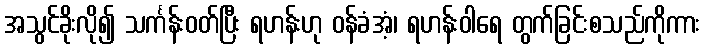
အသွင်ခိုးလို၍ သင်္ကန်းဝတ်ပြီး ရဟန်းဟု ဝန်ခံအံ့၊ ရဟန်းဝါရေ တွက်ခြင်းစသည်ကိုကား